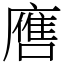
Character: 噟